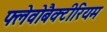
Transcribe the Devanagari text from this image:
फ्लेवोबैक्टीरियम